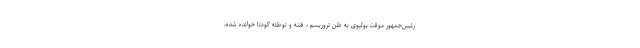
رئیس‌جمهور موقت بولیوی به ظن تروریسم ، فتنه و توطئه کودتا خوانده شده،